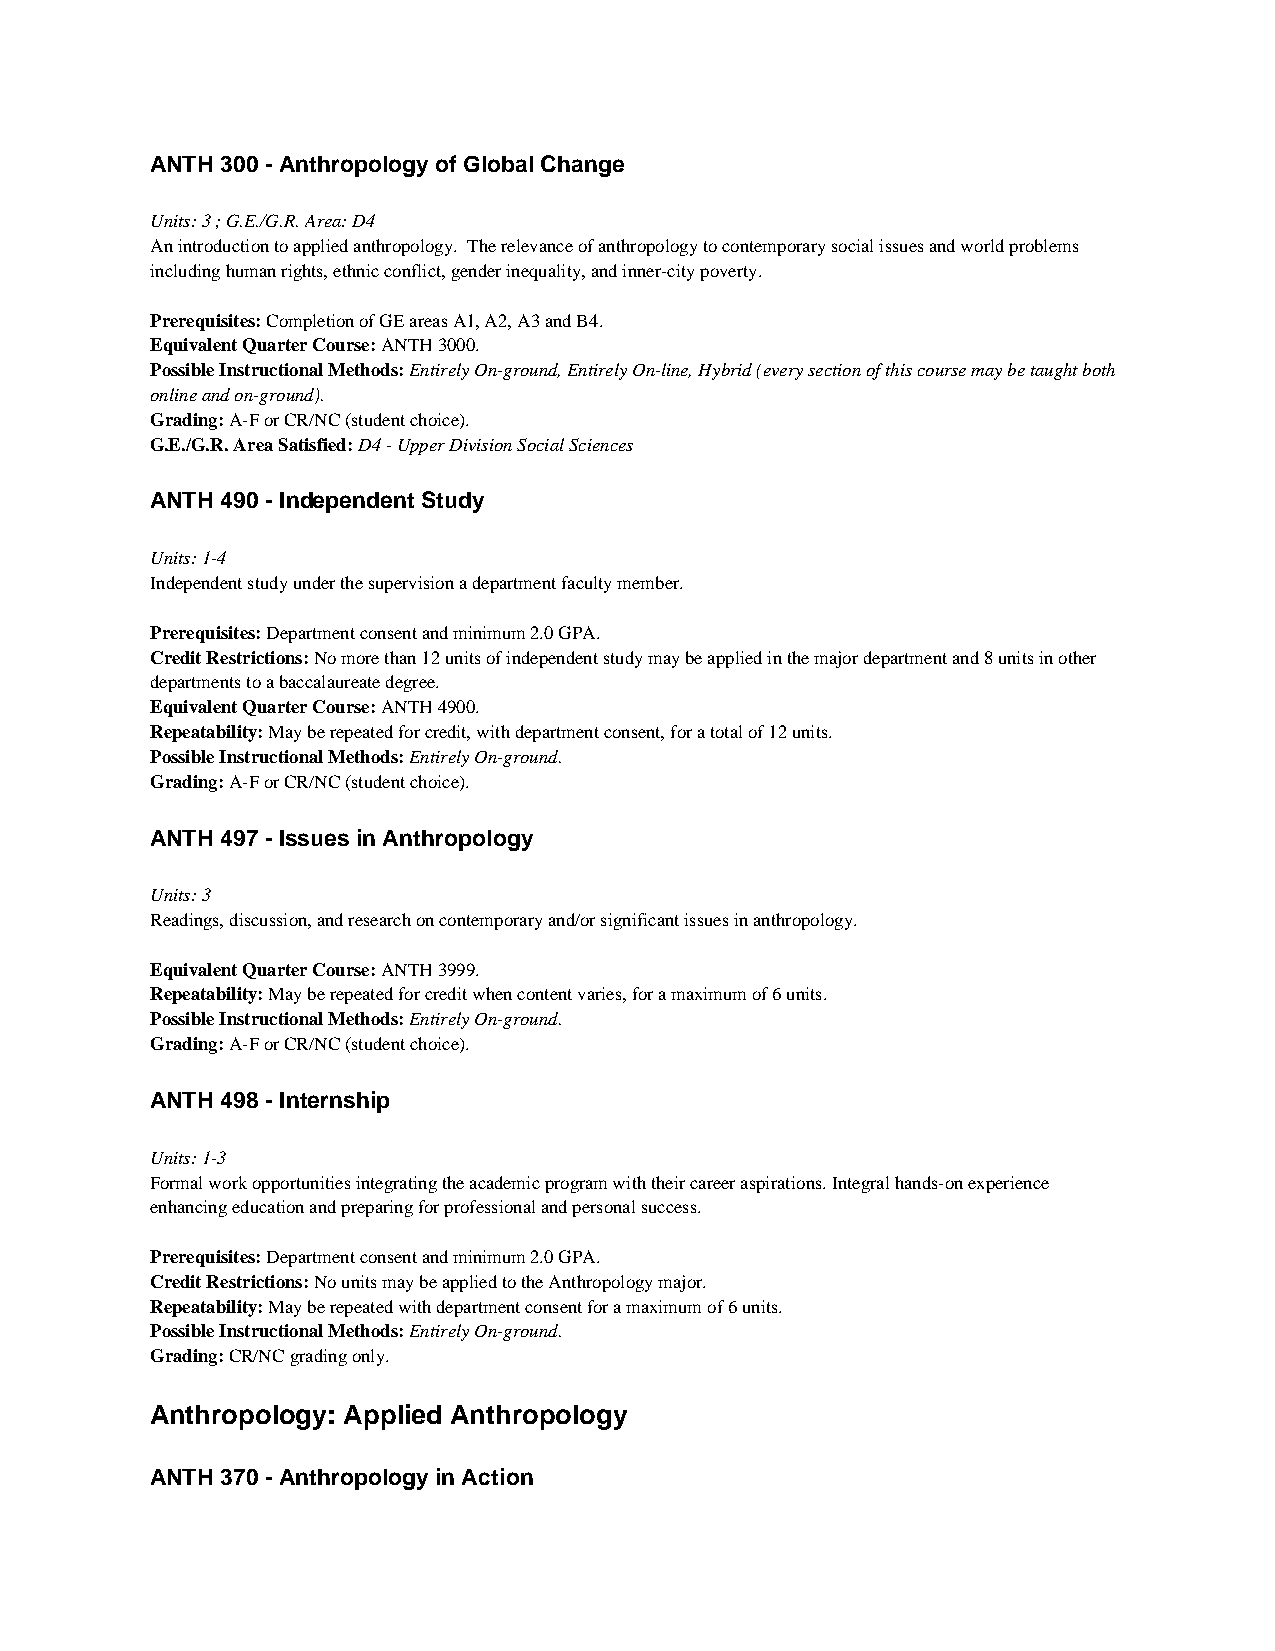
ANTH 300 - Anthropology of Global Change
 Units: 3 ; G.E./G.R. Area: D4
 An introduction to applied anthropology. The relevance of anthropology to contemporary social issues and world problems
 including human rights, ethnic conflict, gender inequality, and inner-city poverty.
 Prerequisites: Completion of GE areas A1, A2, A3 and B4.
 Equivalent Quarter Course: ANTH 3000.
 Possible Instructional Methods: Entirely On-ground, Entirely On-line, Hybrid (every section of this course may be taught both
 online and on-ground).
 Grading: A-F or CR/NC (student choice).
 G.E./G.R. Area Satisfied: D4 - Upper Division Social Sciences
 ANTH 490 - Independent Study
 Units: 1-4
 Independent study under the supervision a department faculty member.
 Prerequisites: Department consent and minimum 2.0 GPA.
 Credit Restrictions: No more than 12 units of independent study may be applied in the major department and 8 units in other
 departments to a baccalaureate degree.
 Equivalent Quarter Course: ANTH 4900.
 Repeatability: May be repeated for credit, with department consent, for a total of 12 units.
 Possible Instructional Methods: Entirely On-ground.
 Grading: A-F or CR/NC (student choice).
 ANTH 497 - Issues in Anthropology
 Units: 3
 Readings, discussion, and research on contemporary and/or significant issues in anthropology.
 Equivalent Quarter Course: ANTH 3999.
 Repeatability: May be repeated for credit when content varies, for a maximum of 6 units.
 Possible Instructional Methods: Entirely On-ground.
 Grading: A-F or CR/NC (student choice).
 ANTH 498 - Internship
 Units: 1-3
 Formal work opportunities integrating the academic program with their career aspirations. Integral hands-on experience
 enhancing education and preparing for professional and personal success.
 Prerequisites: Department consent and minimum 2.0 GPA.
 Credit Restrictions: No units may be applied to the Anthropology major.
 Repeatability: May be repeated with department consent for a maximum of 6 units.
 Possible Instructional Methods: Entirely On-ground.
 Grading: CR/NC grading only.
 Anthropology: Applied Anthropology
 ANTH 370 - Anthropology in Action